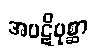
အပဋိပုစ္ဆာ